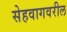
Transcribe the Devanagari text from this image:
सेहवागवरील